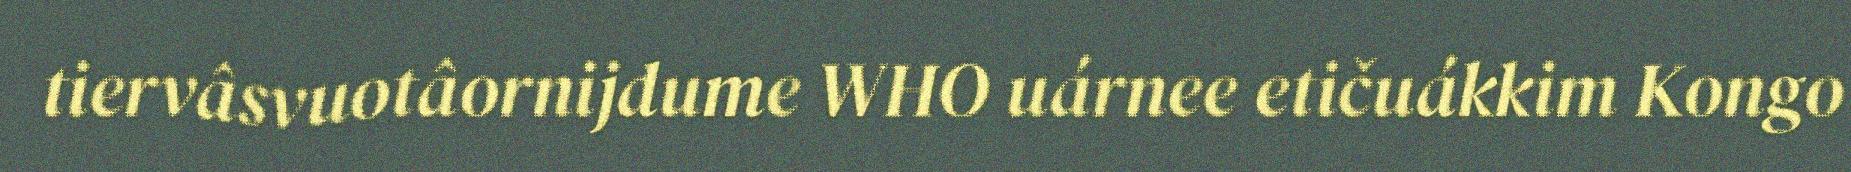
tiervâsvuotâornijdume WHO uárnee etičuákkim Kongo